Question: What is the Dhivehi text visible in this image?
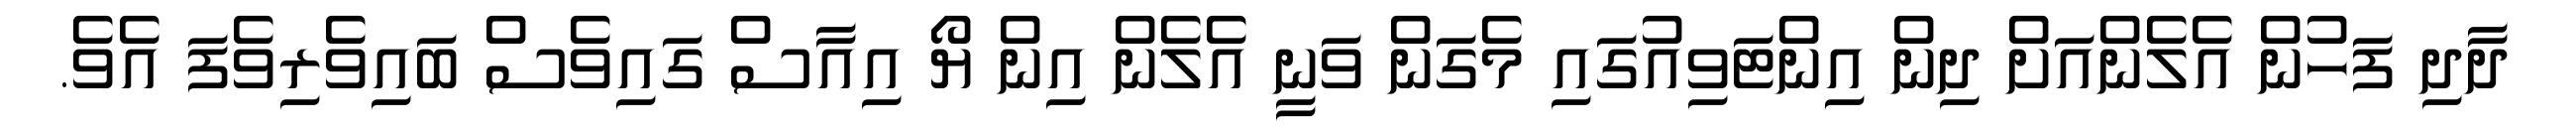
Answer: ދާދި ފަހުން އެލެންއަށް ދިން އިންޓަވިއުގައި މެގަން ވަނީ އެލެން އިން ޔޯ އިއާސް ގައިވެސް ބައިވެރިވެފަ އެވެ.